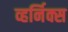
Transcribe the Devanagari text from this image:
व्हर्निक्स